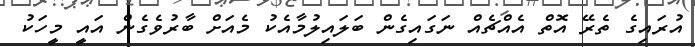
އުރައިގެ ތެރޭ އޮތް އެއްޗެއް ނަގައިގެން ބަލައިލުމާއެކު މެއަށް ބާރުވެގެން އައީ މީހަކު